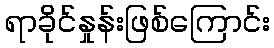
ရာခိုင်နှုန်းဖြစ်ကြောင်း